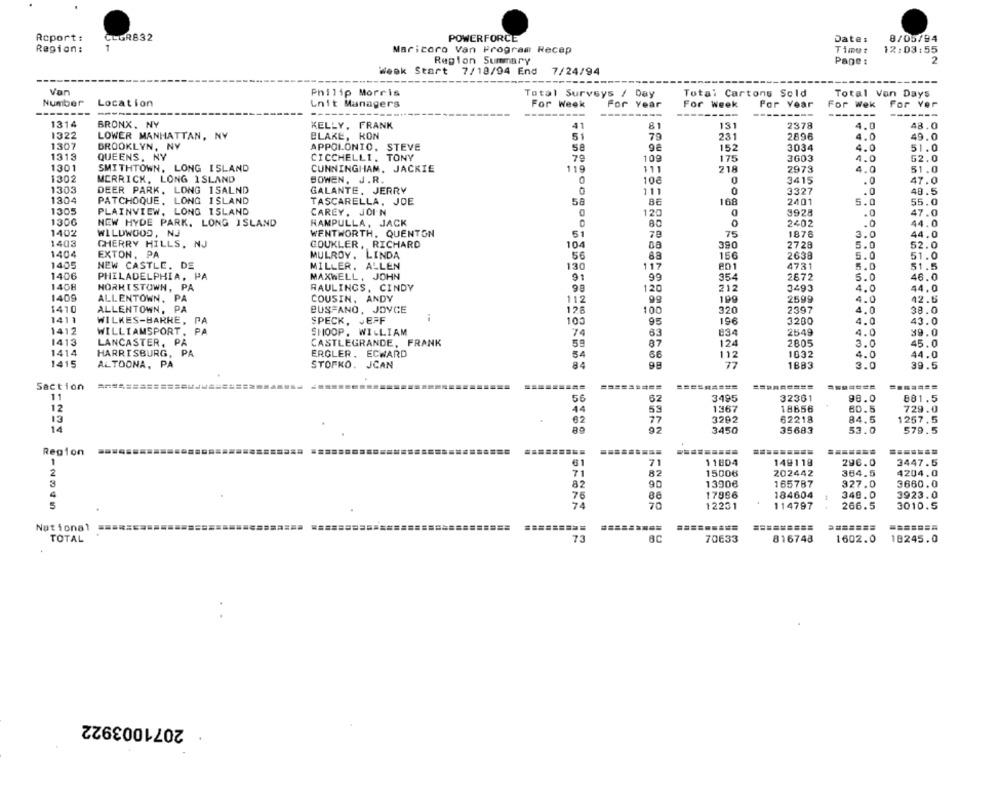
Report:
CLGR832
POWERFORCE
Dates
8/05/94
1
12:03:55
Region:
Maricoro Van Program Recep
Timet
Region Summary
Pane :
Week Start
7/18/94 End 7/24/94
Van
Philip Morris
Total Surveys / Day
Total Cartons Sold
Total Van Days
Number
Location
Lnit Managers
For Week
For Year
For Week
For Year
For Wek
For Yer
---------
----
1314
BRONX, NY
KELLY, FRANK
41
81
131
2378
4.0
48.0
1322
BLAKE, RON
79
231
2896
49.0
LOWER MANHATTAN, NY
51
4.0
1307
BROOKLYN, NY
APPOLONIO, STEVE
58
152
3034
4.0
51.0
1319
QUEENS, NY
CICCHELLI. TONY
78
109
175
3603
4.0
52.0
1301
SMITHTOWN, LONG ISLAND
CUNNINGHAM, JACKIE
119
111
218
2973
4.0
51.0
1302
MERRICK, LONG ISLAND
BOWEN, J.R.
10€
3415
. 0
47.0
1303
DEER PARK, LONG ISALND
GALANTE. JERRY
111
3327
.0
48.5
1304
DO
PATCHOQUE, LONG ISLAND
TASCARELLA, JOE
58
86
168
2401
5.0
55.0
1305
PLAINVIEW, LONG ISLAND
CAREY. JOIN
0
120
3928
.0
47.0
1306
NEW HYDE PARK. LONG ISLAND
0
0
44.0
RAMPULLA, JACK
2402
.0
1402
WILDWOOD, NJ
WENTWORTH, QUENTON
51
79
75
1878
3.0
44.0
1403
CHERRY HILLS, NJ
GOUKLER, RICHARD
104
390
2728
5.0
52.0
1404
EXTON, PA
56
156
2638
MULROY. LINDA
5.0
51.0
1405
NEW CASTLE, DE
MILLER. ALLEN
130
117
e01
4731
5.0
51.5
1406
PHILADELPHIA, PA
MAXWELL, JOHN
91
90
95.4
2672
5.0
46.0
1408
NORRISTOWN, PA
RAULINGS, CINDY
120
212
3493
4.0
44.0
1409
ALLENTOWN, PA
COUSIN, ANDY
112
199
2599
4.0
42.6
1410
ALLENTOWN, PA
BUS-ANO, JOYCE
125
320
38.0
100
2397
4.0
1411
WILKES-BARRE, PA
SPECK, JEFF
100
95
196
3200
4.0
43.0
1412
WILLIAMSPORT. PA
SHOOP. WILLIAM
74
834
2549
4.0
49.0
1413
LANCASTER, PA
CASTLEGRANDE, FRANK
59
87
124
2805
3.0
45.0
1414
HARRISBURG, PA
ERGLER. ECWARD
54
66
112
1032
4.0
44.0
1415
ALTOONA, PA
STOFKO. JCAN
84
77
1883
3.0
39.5
Saction
=============
=========
=========
=========
=======
=======
11
62
3495
56
32361
90.0
881.5
12
44
59
1367
18656
80.5
729.0
13
62
77
3292
62218
84.5
1257.5
14
89
92
3450
35683
53.0
579.5
Region
1
61
71
11804
149118
296.0
3447.5
2
71
82
15006
202442
364.5
4204.0
3
82
90
3660.0
13906
165787
327.0
76
86
17986
184604
340.0
3923.0
5
74
70
12231
114797
266.5
3010.5
National
=========
=========
=======
TOTAL
73
70633
816748
1602.0
18245.0
2071003922